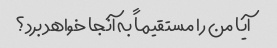
آیا من را مستقیماً به آنجا خواهد برد؟